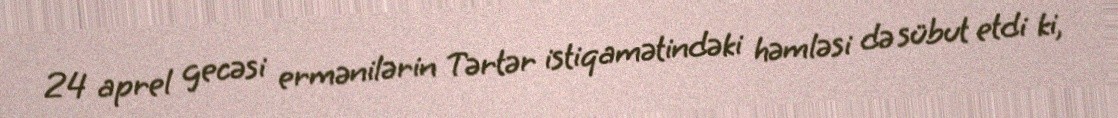
24 aprel gecəsi ermənilərin Tərtər istiqamətindəki həmləsi də sübut etdi ki,